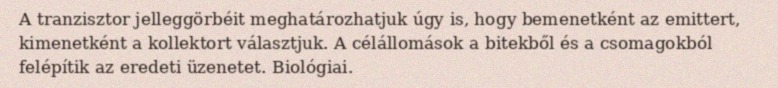
A tranzisztor jelleggörbéit meghatározhatjuk úgy is, hogy bemenetként az emittert, kimenetként a kollektort választjuk. A célállomások a bitekből és a csomagokból felépítik az eredeti üzenetet. Biológiai.